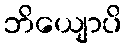
ဘိယျောပိ